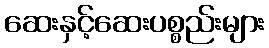
ဆေးနှင့်ဆေးပစ္စည်းများ